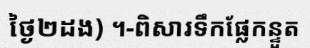
ថ្ងៃ២ដង) ។-ពិសារទឹកផ្លែកន្ទួត